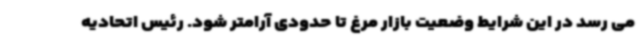
می رسد در این شرایط وضعیت بازار مرغ تا حدودی آرامتر شود. رئیس اتحادیه